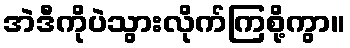
အဲဒီကိုပဲသွားလိုက်ကြစို့ကွာ။